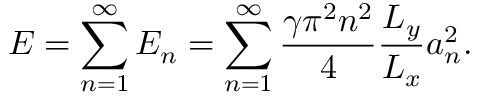
E = \sum _ { n = 1 } ^ { \infty } E _ { n } = \sum _ { n = 1 } ^ { \infty } \frac { \gamma \pi ^ { 2 } n ^ { 2 } } { 4 } \frac { L _ { y } } { L _ { x } } a _ { n } ^ { 2 } .